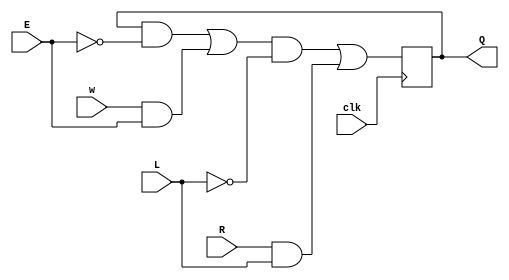
module top_module (
    input clk,
    input w, R, E, L,
    output reg Q
);

wire w1;
assign w1 = {Q & {1{E == 1'b0}}}
          | {w & {1{E == 1'b1}}};
wire w2;
assign w2 = {w1 & {1{L == 1'b0}}}
          | {R & {1{L == 1'b1}}};

always @(posedge clk ) begin
    Q <= w2;
end
endmodule